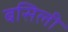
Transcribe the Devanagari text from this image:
बसिली